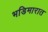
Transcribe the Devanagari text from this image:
भडिमारात